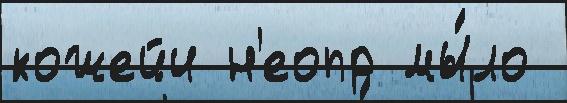
кожейи н'еопр мы́ло